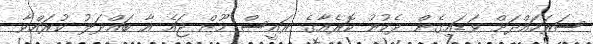
ސަރަހައްދަށް ވަޑައިގެން ދެކުނު ކޮރެއާގެ ރައީސް މޫން ޖައެ އާ ބައްދަލު ކުރައްވާ